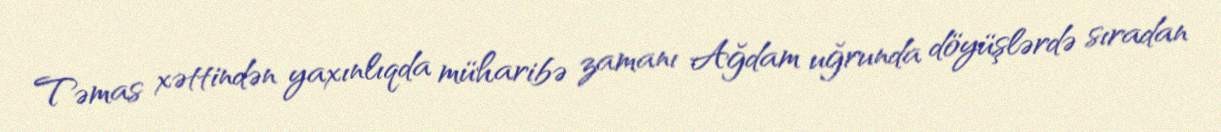
Təmas xəttindən yaxınlıqda müharibə zamanı Ağdam uğrunda döyüşlərdə sıradan